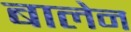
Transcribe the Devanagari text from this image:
बालेन